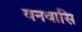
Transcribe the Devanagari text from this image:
वनवासि